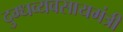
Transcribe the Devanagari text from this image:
दुग्धव्यवसायमंत्री